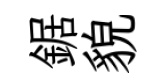
鋸貌